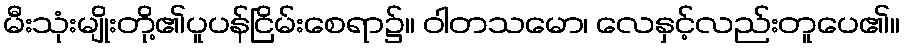
မီးသုံးမျိုးတို့၏ပူပန်ငြိမ်းစေရာ၌။ ဝါတသမော၊ လေနှင့်လည်းတူပေ၏။